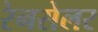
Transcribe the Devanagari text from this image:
रेनसेलर